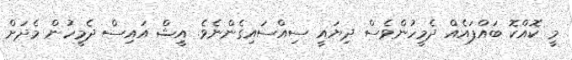
މީ ކޮއްކޮ ބައްޕައެއް ދެމީހުންވެސް ދިޔައީ ސިއްސައިގެންނެވެ. އީޝް އައިސް ދެމީހުން މެދަށް